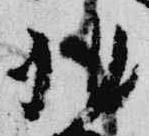
非